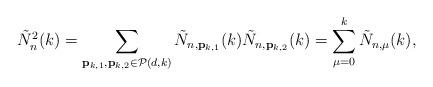
LaTeX: \begin{align*}\tilde N_{n}^2(k)=\sum\limits_{\substack{\mathbf{p}_{k,1},\mathbf{p}_{k,2} \in \mathcal{P}(d,k) }} \tilde N_{n, \mathbf{p}_{k,1} }(k) \tilde N_{n,\mathbf{p}_{k,2} }(k)= \sum_{\mu=0}^k \tilde N_{n,\mu}(k),\end{align*}